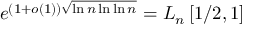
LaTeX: e ^ { ( 1 + o ( 1 ) ) { \sqrt { \ln n \ln \ln n } } } = L _ { n } \left[ 1 / 2 , 1 \right]